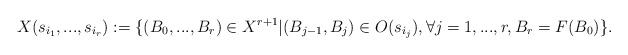
\begin{align*} X(s_{i_1},...,s_{i_r}):=\Large\{(B_0,...,B_r)\in X^{r+1}|(B_{j-1},B_j)\in O(s_{i_j}), \forall j=1,...,r, B_r=F(B_0) \Large\}. \end{align*}